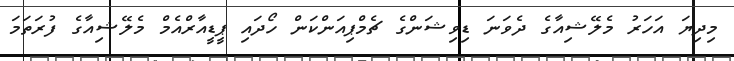
މިދިޔަ އަހަރު މެލޭޝިއާގެ ދެވަނަ ޑިވިޝަންގެ ޗެމްޕިއަންކަން ހޯދައި ޕީޑީއާރްއެމް މެލޭޝިއާގެ ފުރަތަމަ